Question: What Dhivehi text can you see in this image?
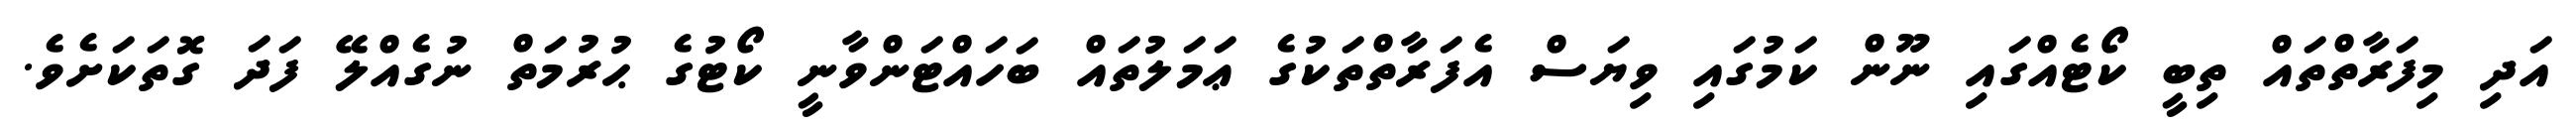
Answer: އަދި މިފަރާތްތައް ތިބީ ކޯޓެއްގައި ނޫން ކަމުގައި ވިޔަސް އެފަރާތްތަކުގެ ޢަމަލުތައް ބަހައްޓަންވާނީ ކޯޓުގެ ޙުރުމަތް ނުގެއްލޭ ފަދަ ގޮތަކަށެވެ.